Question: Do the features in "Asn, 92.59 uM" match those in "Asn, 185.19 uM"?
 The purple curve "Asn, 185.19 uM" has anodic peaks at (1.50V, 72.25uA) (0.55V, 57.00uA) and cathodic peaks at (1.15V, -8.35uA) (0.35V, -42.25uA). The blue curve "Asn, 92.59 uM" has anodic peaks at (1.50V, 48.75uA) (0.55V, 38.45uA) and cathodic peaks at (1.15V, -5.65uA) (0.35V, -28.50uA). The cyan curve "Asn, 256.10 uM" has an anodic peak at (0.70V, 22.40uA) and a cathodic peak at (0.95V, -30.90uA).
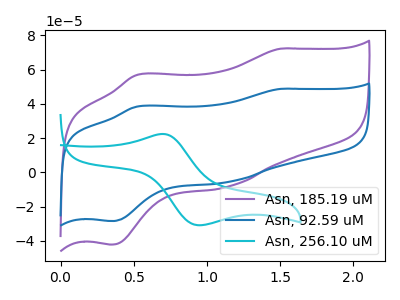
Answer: <think>All the peaks in "Asn, 92.59 uM" have a peak in "Asn, 185.19 uM" at the same potential. Every peak in "Asn, 92.59 uM" is lower than every peak in "Asn, 185.19 uM".
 </think>
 <answer>"Asn, 92.59 uM" and "Asn, 185.19 uM" are similar in shape.</answer>
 <eval>same_shape</eval>